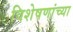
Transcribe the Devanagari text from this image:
विशेषणांच्या